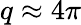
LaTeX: q\approx 4\pi